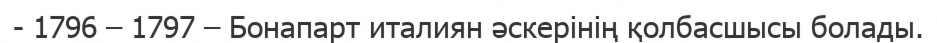
- 1796 – 1797 – Бонапарт италиян әскерінің қолбасшысы болады.